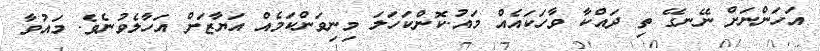
އަހަންނަށް ނޭނގޭ ތި ދައްކާ ވާހަކައެއް މައު.ކޮންކަހަލަ މިނިވަންކަމެއް އަޔާޒަށް އަހާލެވުނެވެ. މައުވާ